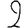
Digit: 2